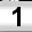
Digit: 1